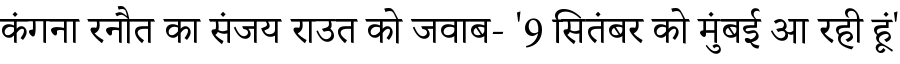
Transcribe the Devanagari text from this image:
कंगना रनौत का संजय राउत को जवाब- '9 सितंबर को मुंबई आ रही हूं'